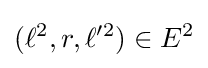
(\ell ^{2},r,\ell ^{\prime 2})\in E^{2}